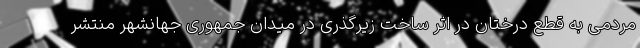
مردمی به قطع درختان در اثر ساخت زیرگذری در میدان جمهوری جهانشهر منتشر